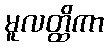
မူလတ္ထိကာ